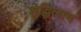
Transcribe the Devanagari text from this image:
शुद्धिलाभ